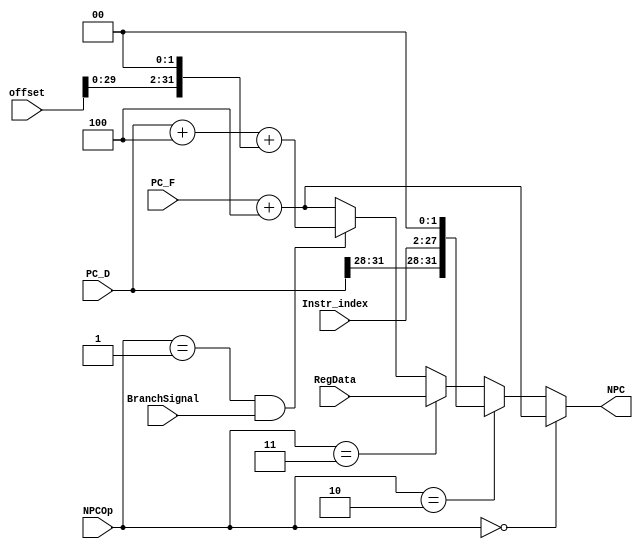
`timescale 1ns / 1ps
`define NPC_PlusFour 3'b000
`define NPC_Branch  3'b001
`define NPC_Jump    3'b010
`define NPC_JumpReg 3'b011

module D_NPC(
    input [31:0] PC_F,      //FPC
    input [31:0] PC_D,      //DPC
	 input [2:0] NPCOp,     //
    input BranchSignal,
    input [31:0] offset,
    input [25:0] Instr_index,
    input [31:0] RegData,
    output [31:0] NPC
);

  assign NPC=   (NPCOp==`NPC_PlusFour)?PC_F+4:
                (NPCOp==`NPC_Jump)?{PC_D[31:28],Instr_index,2'b0}:
                (NPCOp==`NPC_JumpReg)?RegData:
                ((NPCOp==`NPC_Branch)&&BranchSignal)? PC_D+4+(offset<<2): PC_F+4;

endmodule